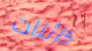
كائنات